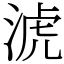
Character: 淲